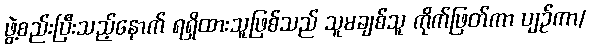
ဖွဲ့စည်းပြီးသည့်နောက် ရရှိထားသူဖြစ်သည် သူမချစ်သူ ကိုက်ဖြတ်ကာ ပျဉ်ကာ/